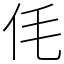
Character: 𠇔